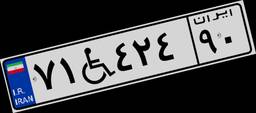
۷۱W۴۲۴۹۰